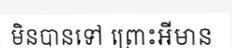
មិនបានទៅ ព្រោះអីមាន